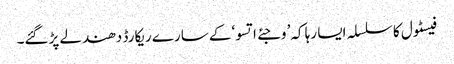
فیسٹول کا سلسلہ ایسا رہا کہ’ وجئے اتسو‘کے سارے ریکارڈ دھندلے پڑگئے۔